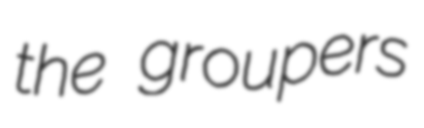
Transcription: the groupers